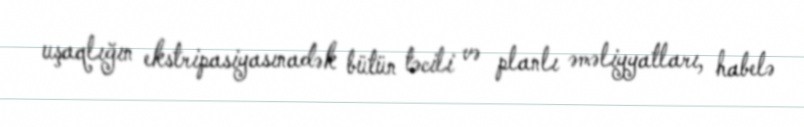
uşaqlığın ekstripasiyasınadək bütün təcili və planlı əməliyyatları, habelə